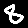
Digit: 8